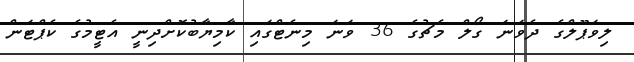
ލިވަޕޫލްގެ ދެވަނަ ގޯލް މެޗުގެ 36 ވަނަ މިނެޓްގައި ކާމިޔާބުކޮށްދިނީ އެޓީމުގެ ކެޕްޓަން